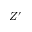
Z ^ { \prime }